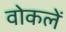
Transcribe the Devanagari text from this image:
वोकलें